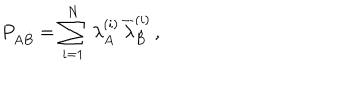
P _ { A \dot { B } } = \sum _ { i = 1 } ^ { N } \, \lambda _ { A } ^ { ( i ) } \, \overline { { { \lambda } } } _ { \dot { B } } ^ { ( i ) } \, ,